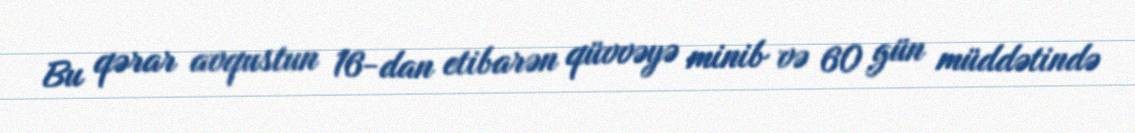
Bu qərar avqustun 16-dan etibarən qüvvəyə minib və 60 gün müddətində